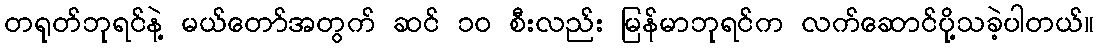
တရုတ်ဘုရင်နဲ့ မယ်တော်အတွက် ဆင် ၁၀ စီးလည်း မြန်မာဘုရင်က လက်ဆောင်ပို့သခဲ့ပါတယ်။